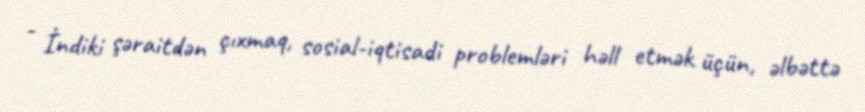
- İndiki şəraitdən çıxmaq, sosial-iqtisadi problemləri həll etmək üçün, əlbəttə